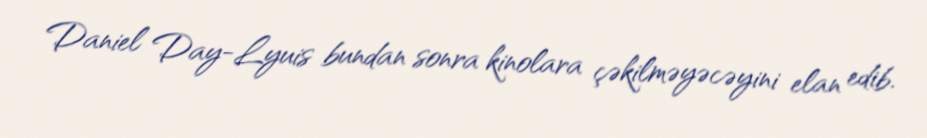
Daniel Day-Lyuis bundan sonra kinolara çəkilməyəcəyini elan edib.